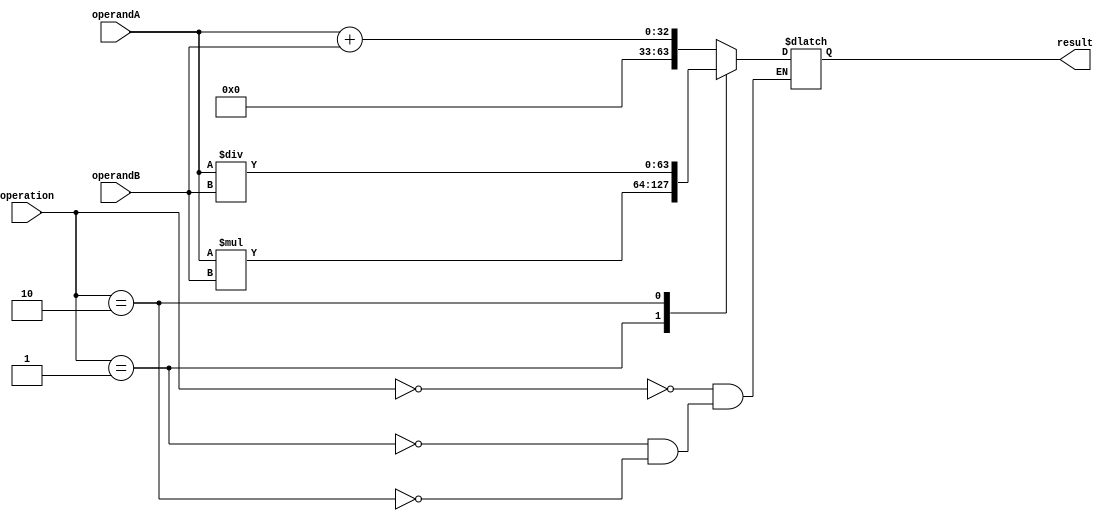
module ArbitraryPrecisionFloatingPointUnit (
    input [31:0] operandA,
    input [31:0] operandB,
    input [1:0] operation, // 0: addition, 1: multiplication, 2: division
    output reg [63:0] result
);

always @(*) begin
    case(operation)
        0: result = operandA + operandB; // Addition
        1: result = operandA * operandB; // Multiplication
        2: result = operandA / operandB; // Division
    endcase
end

endmodule